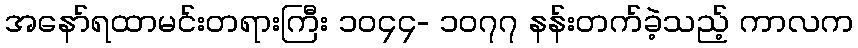
အနော်ရထာမင်းတရားကြီး ၁၀၄၄- ၁၀၇၇ နန်းတက်ခဲ့သည့် ကာလက